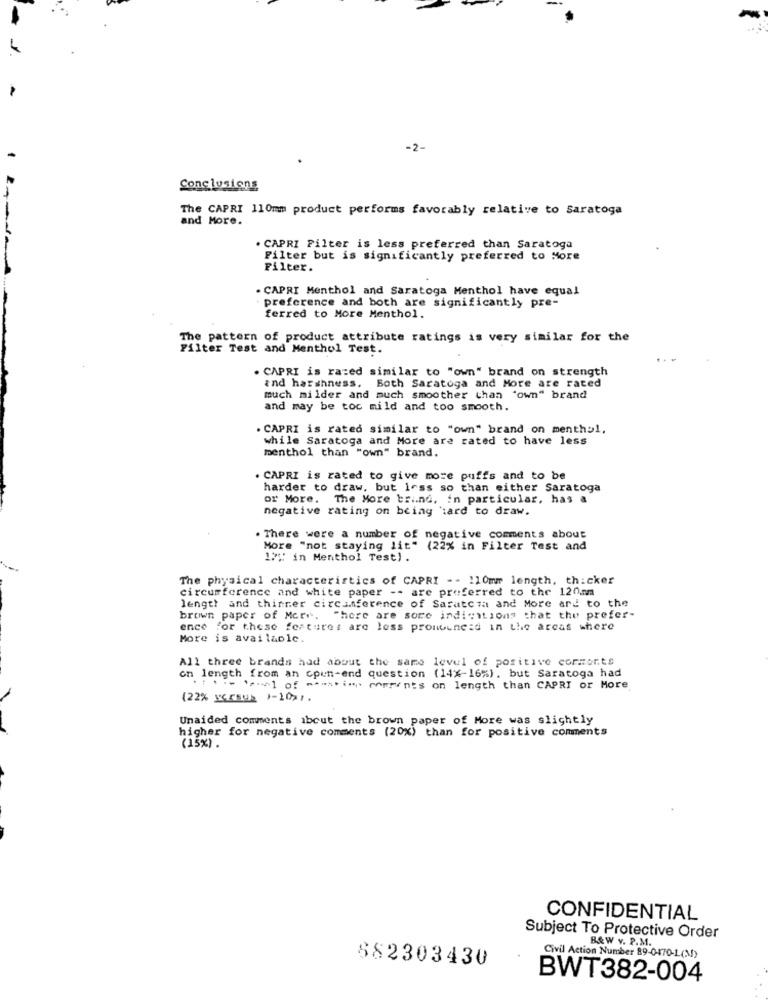
-2-
Conclusions
The CAPRI 110mm product performs favorably relative to Saratoga
and More.
. CAPRI Filter is less preferred than Saratoga
Filter but is significantly preferred to More
Filter.
. CAPRI Menthol and Saratoga Menthol have equal
preference and both are significantly pre-
ferred to More Menthol.
The pattern of product attribute ratings is very similar for the
Filter Test and Menthol Test.
. CAPRI is razed similar to "own" brand on strength
and harshness. Both Saratoga and More are rated
much milder and much smoother than "own" brand
and may be toc mild and too smooth.
. CAPRI is rated similar to "own" brand on menthal.
while Saratoga and More are rated to have less
menthol than "own" brand.
. CAPRI is rated to give more puffs and to be
harder to draw, but less so than either Saratoga
or More. The More brind, in particular, has a
negative rating on being 'tard to draw.
. There were a number of negative comments about
More "not staying lit" (22% in Filter Test and
12% in Menthol Test).
The physical characteristics of CAPRI -- 110mm length, thicker
circumference and white paper -- are preferred to the 120mm
length and thinner circumference of Saratcza and More ard to the
brown paper of More. "here are some indications that the prefer-
e for these features are less prontineid in the areas where
More is available.
All three brands had about the same level of positive cormonts
on length from an cpun-end question (14%-16%), but Saratoga had
.How Ipool of maxim comments on length than CAPRI or More
(22% verSUR 1-101.
Unaided comments about the brown paper of More was slightly
higher for negative comments (20%) than for positive comments
(15%) .
CONFIDENTIAL
Subject To Protective Order
B&W v. P.M.
882303430
Civil Action Number 89-0470-1(M)
BWT382-004